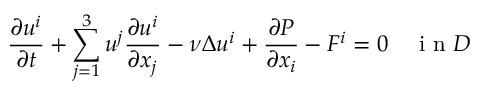
\frac { \partial u ^ { i } } { \partial t } + \sum _ { j = 1 } ^ { 3 } u ^ { j } \frac { \partial u ^ { i } } { \partial x _ { j } } - \nu \Delta u ^ { i } + \frac { \partial P } { \partial x _ { i } } - F ^ { i } = 0 \quad \textrm { i n } D